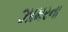
ઝામરના